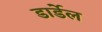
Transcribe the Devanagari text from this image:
डार्डेल